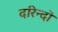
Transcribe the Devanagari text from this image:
दरिन्‍दो